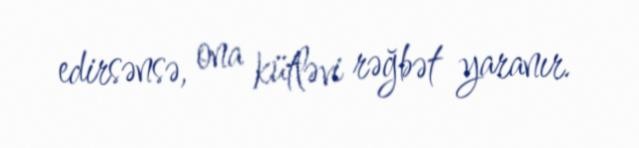
edirsənsə, ona kütləvi rəğbət yaranır.